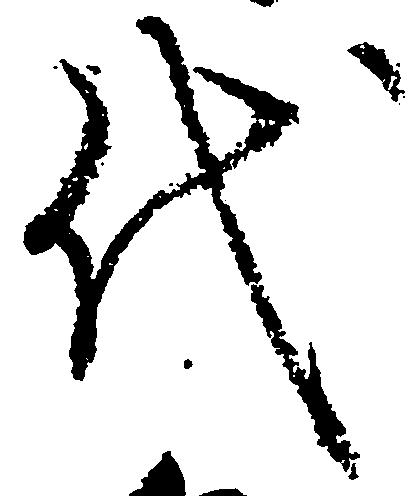
代